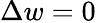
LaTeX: \Delta w=0